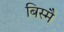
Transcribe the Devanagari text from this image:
बिस्मै